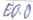
Text: E0.0